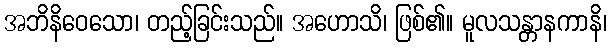
အဘိနိဝေသော၊ တည့်ခြင်းသည်။ အဟောသိ၊ ဖြစ်၏။ မူလသန္တာနကာနိ၊